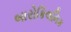
બારોકિલનિક